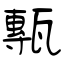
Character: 甎